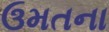
ઉમતના